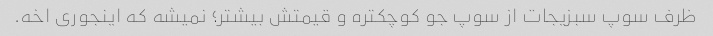
ظرف سوپ سبزیجات از سوپ جو کوچکتره و قیمتش بیشتر؛ نمیشه که اینجوری اخه.